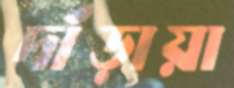
দাঁড়ায়া